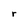
Character: r